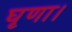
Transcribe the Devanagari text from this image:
घृणा।